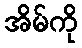
အိမ်ကို